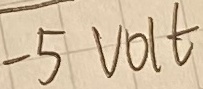
Text: -5VOLT